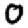
Digit: 0